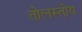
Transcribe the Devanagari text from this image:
तोलस्तोय